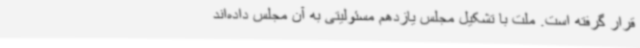
قرار گرفته است. ملت با تشکیل مجلس یازدهم مسئولیتی به آن مجلس داده‌اند